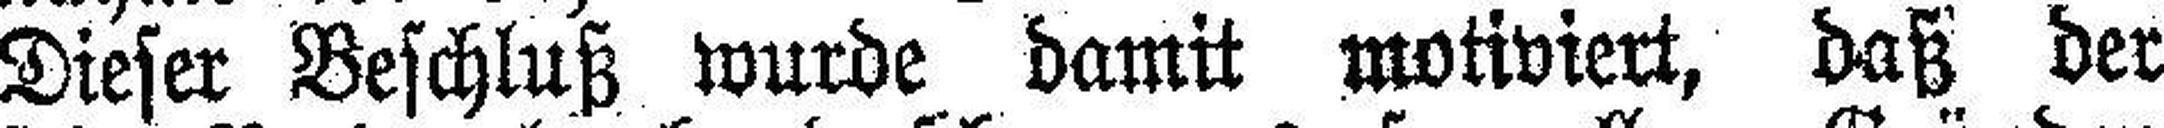
Dieser Beschluß wurde damit motiviert, daß der